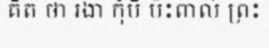
គិត ថា រងា កុំបី ប៉ះពាល់ ព្រះ